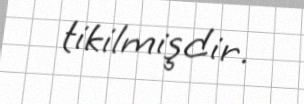
tikilmişdir.